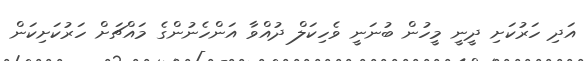
އަދި ހަރުކަށި ދީނީ މީހުން ބުނަނީ ވެހިކަލް ދުއްވާ އަންހެނުންގެ މައްޗަށް ހަރުކަށިކަން